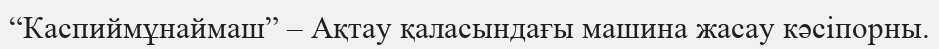
“Каспиймұнаймаш” – Ақтау қаласындағы машина жасау кәсіпорны.